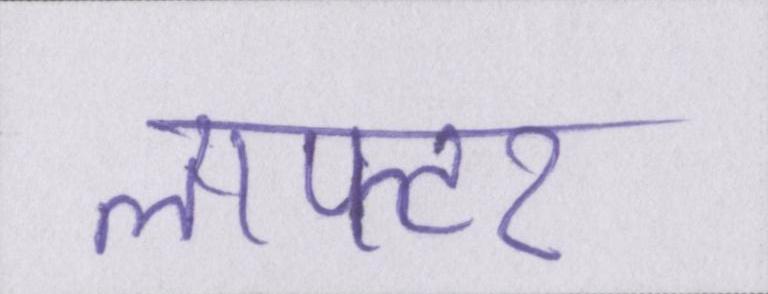
लाफ्टर